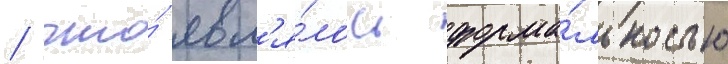
/ что́ явл'я́лось форма́льностью